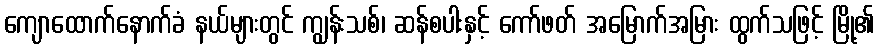
ကျောထောက်နောက်ခံ နယ်များတွင် ကျွန်းသစ်၊ ဆန်စပါးနှင့် ကော်ဖတ် အမြောက်အမြား ထွက်သဖြင့် မြို့၏